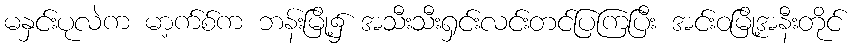
မနှင်းပုလဲက မာ့က်စ်က ဘန်းမြို့၌ အသီးသီးရှင်းလင်းတင်ပြကြပြီး အင်းဝမြို့အနီးတိုင်